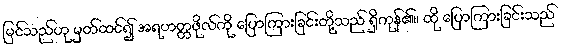
မြင်သည်ဟု မှတ်ထင်၍ အရဟတ္တဖိုလ်ကို ပြောကြားခြင်းတို့သည် ရှိကုန်၏။ ထို ပြောကြားခြင်းသည်